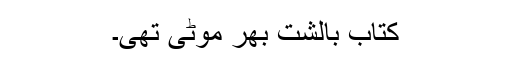
کتاب بالشت بھر موٹی تھی۔